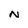
Character: N